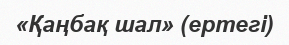
«Қаңбақ шал» (ертегі)